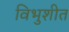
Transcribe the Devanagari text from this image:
विभुशीत